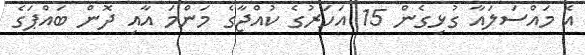
އެ މައްސަލައާ ގުޅިގެން 15 އަހަރުގެ ކުއްޖާގެ މަންމަ އާއި ދޮން ބައްޕަގެ